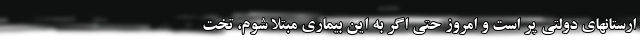
ارستانهای دولتی پر است و امروز حتی اگر به این بیماری مبتلا شوم، تخت